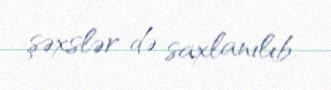
şəxslər də saxlanılıb.